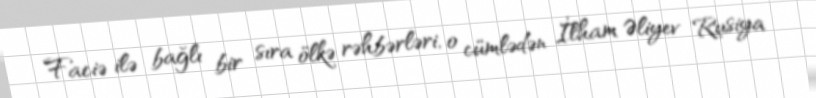
Faciə ilə bağlı bir sıra ölkə rəhbərləri, o cümlədən İlham Əliyev Rusiya